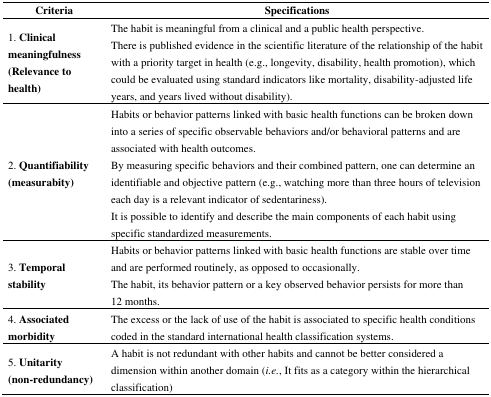
<table><thead><tr><td><b>Criteria</b></td><td><b>Specifications</b></td></tr></thead><tbody><tr><td><b>1. Clinical meaningfulness (Relevance to health)</b></td><td>The habit is meaningful from a clinical and a public health perspective.There is published evidence in the scientific literature of the relationship of the habit with a priority target in health (e.g., longevity, disability, health promotion), which could be evaluated using standard indicators like mortality, disability-adjusted life years, and years lived without disability). </td></tr><tr><td><b>2. Quantifiability (measurabity)</b></td><td>Habits or behavior patterns linked with basic health functions can be broken down into a series of specific observable behaviors and/or behavioral patterns and are associated with health outcomes. By measuring specific behaviors and their combined pattern, one can determine an identifiable and objective pattern (e.g., watching more than three hours of television each day is a relevant indicator of sedentariness). It is possible to identify and describe the main components of each habit using specific standardized measurements.</td></tr><tr><td><b>3</b><b>. Temporal stability</b></td><td>Habits or behavior patterns linked with basic health functions are stable over time and are performed routinely, as opposed to occasionally. The habit, its behavior pattern or a key observed behavior persists for more than 12 months. </td></tr><tr><td><b>4. Associated morbidity</b></td><td>The excess or the lack of use of the habit is associated to specific health conditions coded in the standard international health classification systems. </td></tr><tr><td><b>5. Unitarity (non-redundancy) </b></td><td>A habit is not redundant with other habits and cannot be better considered a dimension within another domain (<i>i.e.</i>, It fits as a category within the hierarchical classification)</td></tr></tbody></table>